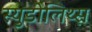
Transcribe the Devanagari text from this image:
स्युडोलिथ्स